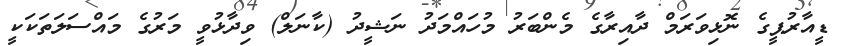
ޑީއާރުޕީގެ ނޮޅިވަރަމް ދާއިރާގެ މެންބަރު މުހައްމަދު ނަޝީދު (ކާނަލް) ވިދާޅުވީ މަރުގެ މައްސަލަތަކަކީ